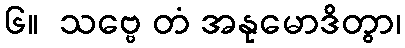
၆။  သဗ္ဗေ တံ အနုမောဒိတွာ၊